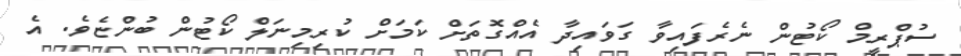
ސުޕްރީމް ކޯޓުން ނެރެފައިވާ ގަވައިދާ އެއްގޮތަށް ކަމަށް ކުރިމިނަލް ކޯޓުން ބުންޏެވެ. އެ